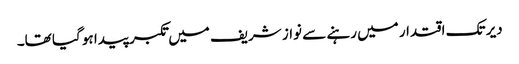
دیر تک اقتدار میں رہنے سے نواز شریف میں تکبر پیدا ہو گیا تھا۔